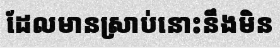
ដែលមានស្រាប់នោះនឹងមិន